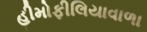
હીમોફીલિયાવાળા